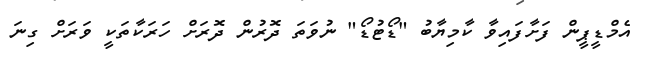
އެމްޑީޕީން ފަށާފައިވާ ކާމިޔާބު "ޑޯޓުޑޯ" ނުވަތަ ދޮރުން ދޮރަށް ހަރަކާތަކީ ވަރަށް ގިނަ